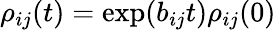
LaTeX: \rho_{ij}(t)=\exp(b_{ij}t)\rho_{ij}(0)